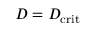
D = D _ { \mathrm { c r i t } }